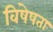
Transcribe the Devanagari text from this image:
विषेषता